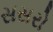
સસરો